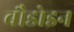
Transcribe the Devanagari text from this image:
बौडोइन